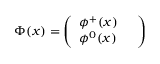
\Phi ( x ) = \left( \begin{array} { l c } { { \phi ^ { + } ( x ) } } & { { } } \\ { { \phi ^ { 0 } ( x ) } } & { { } } \end{array} \right)